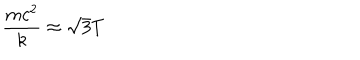
\frac { m c ^ { 2 } } { k } \approx \sqrt { 3 } T